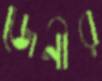
জেনীর